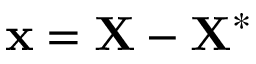
\mathbf { x } = \mathbf { X } - \mathbf { X } ^ { * }